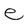
Character: e